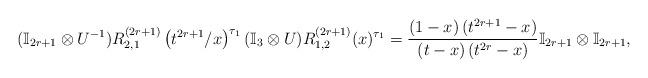
LaTeX: \begin{align*}(\mathbb{I}_{2r+1}\otimes U^{-1})R^{(2r+1)}_{2,1}\left(t^{2r+1}/x\right)^{\tau_1}(\mathbb{I}_3\otimes U)R_{1,2}^{(2r+1)}(x)^{\tau_1}=\frac{(1-x) \left(t^{2r+1}-x\right)}{(t-x)\left(t^{2r}-x\right)} \mathbb{I}_{2r+1}\otimes\mathbb{I}_{2r+1},\end{align*}